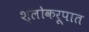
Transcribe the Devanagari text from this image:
श्लोकरूपात